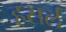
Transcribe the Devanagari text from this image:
हसर्ल